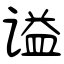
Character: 谥